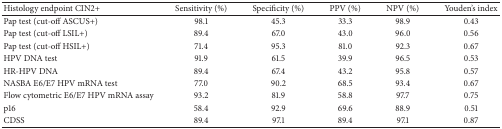
| Histology endpoint CIN2+ | Sensitivity (%) | Specificity (%) | PPV (%) | NPV (%) | Youden's index |
 | --- | --- | --- | --- | --- | --- |
 | Pap test (cut-off ASCUS+) | 98.1 | 45.3 | 33.3 | 98.9 | 0.43 |
 | Pap test (cut-off LSIL+) | 89.4 | 67.0 | 43.0 | 96.0 | 0.56 |
 | Pap test (cut-off HSIL+) | 71.4 | 95.3 | 81.0 | 92.3 | 0.67 |
 | HPV DNA test | 91.9 | 61.5 | 39.9 | 96.5 | 0.53 |
 | HR-HPV DNA | 89.4 | 67.4 | 43.2 | 95.8 | 0.57 |
 | NASBA E6/E7 HPV mRNA test | 77.0 | 90.2 | 68.5 | 93.4 | 0.67 |
 | Flow cytometric E6/E7 HPV mRNA assay | 93.2 | 81.9 | 58.8 | 97.7 | 0.75 |
 | p16 | 58.4 | 92.9 | 69.6 | 88.9 | 0.51 |
 | CDSS | 89.4 | 97.1 | 89.4 | 97.1 | 0.87 |